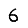
Digit: 6